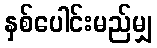
နှစ်ပေါင်းမည်မျှ